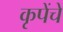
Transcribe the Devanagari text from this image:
कृपेंचे